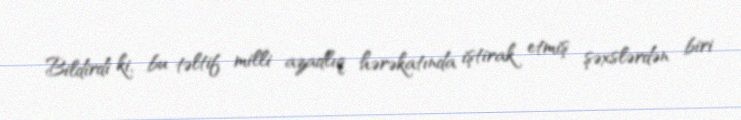
Bildirdi ki, bu təltif milli azadlıq hərəkatında iştirak etmiş şəxslərdən biri